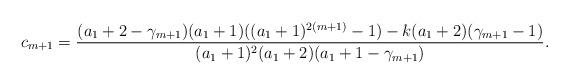
LaTeX: \begin{align*}c_{m+1}=\frac{(a_1+2-\gamma_{m+1})(a_1+1)((a_1+1)^{2(m+1)}-1)-k(a_1+2)(\gamma_{m+1}-1)}{(a_1+1)^2(a_1+2)(a_1+1-\gamma_{m+1})}. \end{align*}